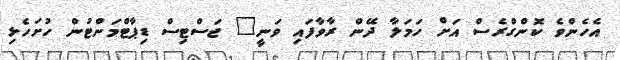
އެހެންވެ ކޮންގްރެސް އަށް ހަމަލާ ދޭން ރާވާފައި ވަނީ" ޖަސްޓިސް ޑިޕާޓްމަންޓުން ހުށަހެޅި